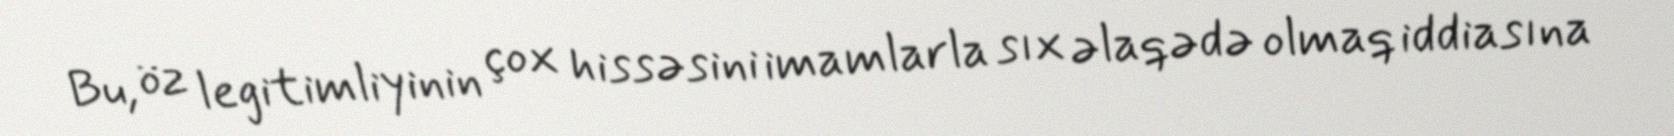
Bu, öz legitimliyinin çox hissəsini imamlarla sıx əlaqədə olmaq iddiasına